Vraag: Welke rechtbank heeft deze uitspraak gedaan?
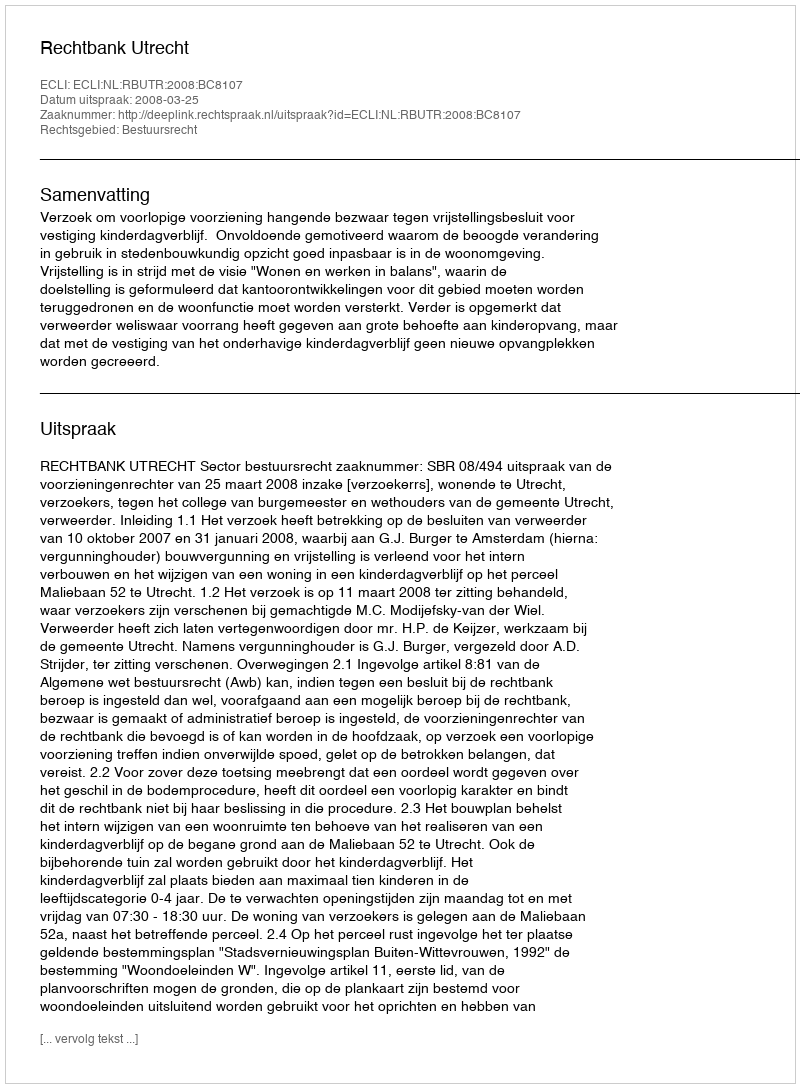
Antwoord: Rechtbank Utrecht